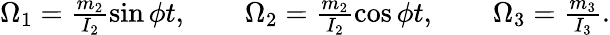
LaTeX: \begin{array}{r}{\Omega_{1}=\frac{m_{2}}{I_{2}}\sin\phi t,\qquad\Omega_{2}=\frac{m_{2}}{I_{2}}\cos\phi t,\qquad\Omega_{3}=\frac{m_{3}}{I_{3}}.}\end{array}